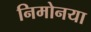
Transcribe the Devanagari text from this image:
निमोनया